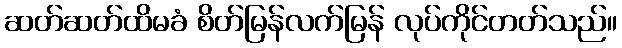
ဆတ်ဆတ်ထိမခံ စိတ်မြန်လက်မြန် လုပ်ကိုင်တတ်သည်။